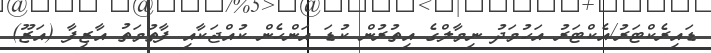
ޑައިރެކްޓަރު/އެކްޓަރު އަހުމަދު ނިމާލްގެ އިތުރުން ކުޑަ އަންހެން ކުއްޖަކާއި ފާތުމަތު އާޒިފާ (އަޒޫ)